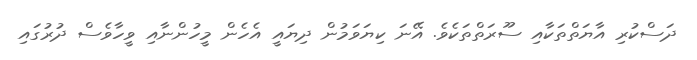
ދަސްކުރި އާޔަތްތަކާއި ސޫރަތްތަކެވެ. އޭނަ ކިޔަވަމުން ދިޔައީ އެހެން މީހުންނާއި ވީހާވެސް ދުރުގައި